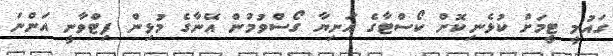
ގައުމީ ޓީމަށް ކުޅެނިކޮށް ކޯސްޓާގެ އަނިޔާ ގޯސްވުމުން އޭނާގެ މުޅިން ފިޓްވާނީ އަންނަ